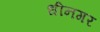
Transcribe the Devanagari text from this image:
धीनगर